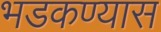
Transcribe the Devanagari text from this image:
भडकण्यास